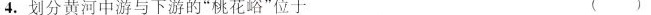
4.划分黄河中游与下游的”桃花峪”位于 ()